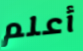
أعلم